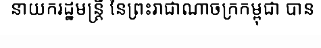
នាយករដ្ឋមន្ត្រី នៃព្រះរាជាណាចក្រកម្ពុជា បាន